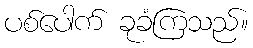
ပစ်ပေါက် ခုခံကြသည်။